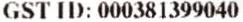
GST ID: 000381399040